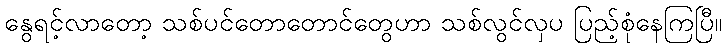
နွေရင့်လာတော့ သစ်ပင်တောတောင်တွေဟာ သစ်လွင်လှပ ပြည့်စုံနေကြပြီ။